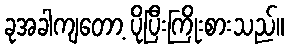
ခုအခါကျတော့ ပိုပြီးကြိုးစားသည်။